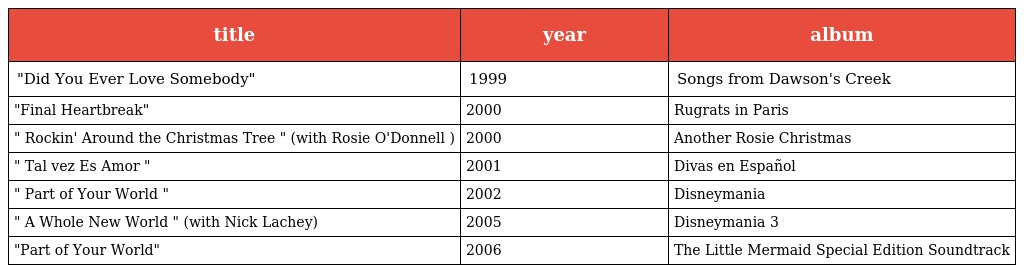
| title | year | album |
 | --- | --- | --- |
 | "Did You Ever Love Somebody" | 1999 | Songs from Dawson's Creek |
 | "Final Heartbreak" | 2000 | Rugrats in Paris |
 | " Rockin' Around the Christmas Tree " (with Rosie O'Donnell ) | 2000 | Another Rosie Christmas |
 | " Tal vez Es Amor " | 2001 | Divas en Español |
 | " Part of Your World " | 2002 | Disneymania |
 | " A Whole New World " (with Nick Lachey) | 2005 | Disneymania 3 |
 | "Part of Your World" | 2006 | The Little Mermaid Special Edition Soundtrack |